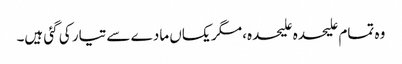
وہ تمام علیحدہ علیحدہ، مگر یکساں مادے سے تیار کی گئی ہیں۔